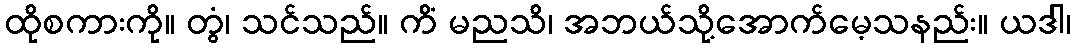
ထိုစကားကို။ တွံ၊ သင်သည်။ ကိံ မညသိ၊ အဘယ်သို့အောက်မေ့သနည်း။ ယဒါ၊